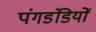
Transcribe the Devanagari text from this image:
पंगडंडियों